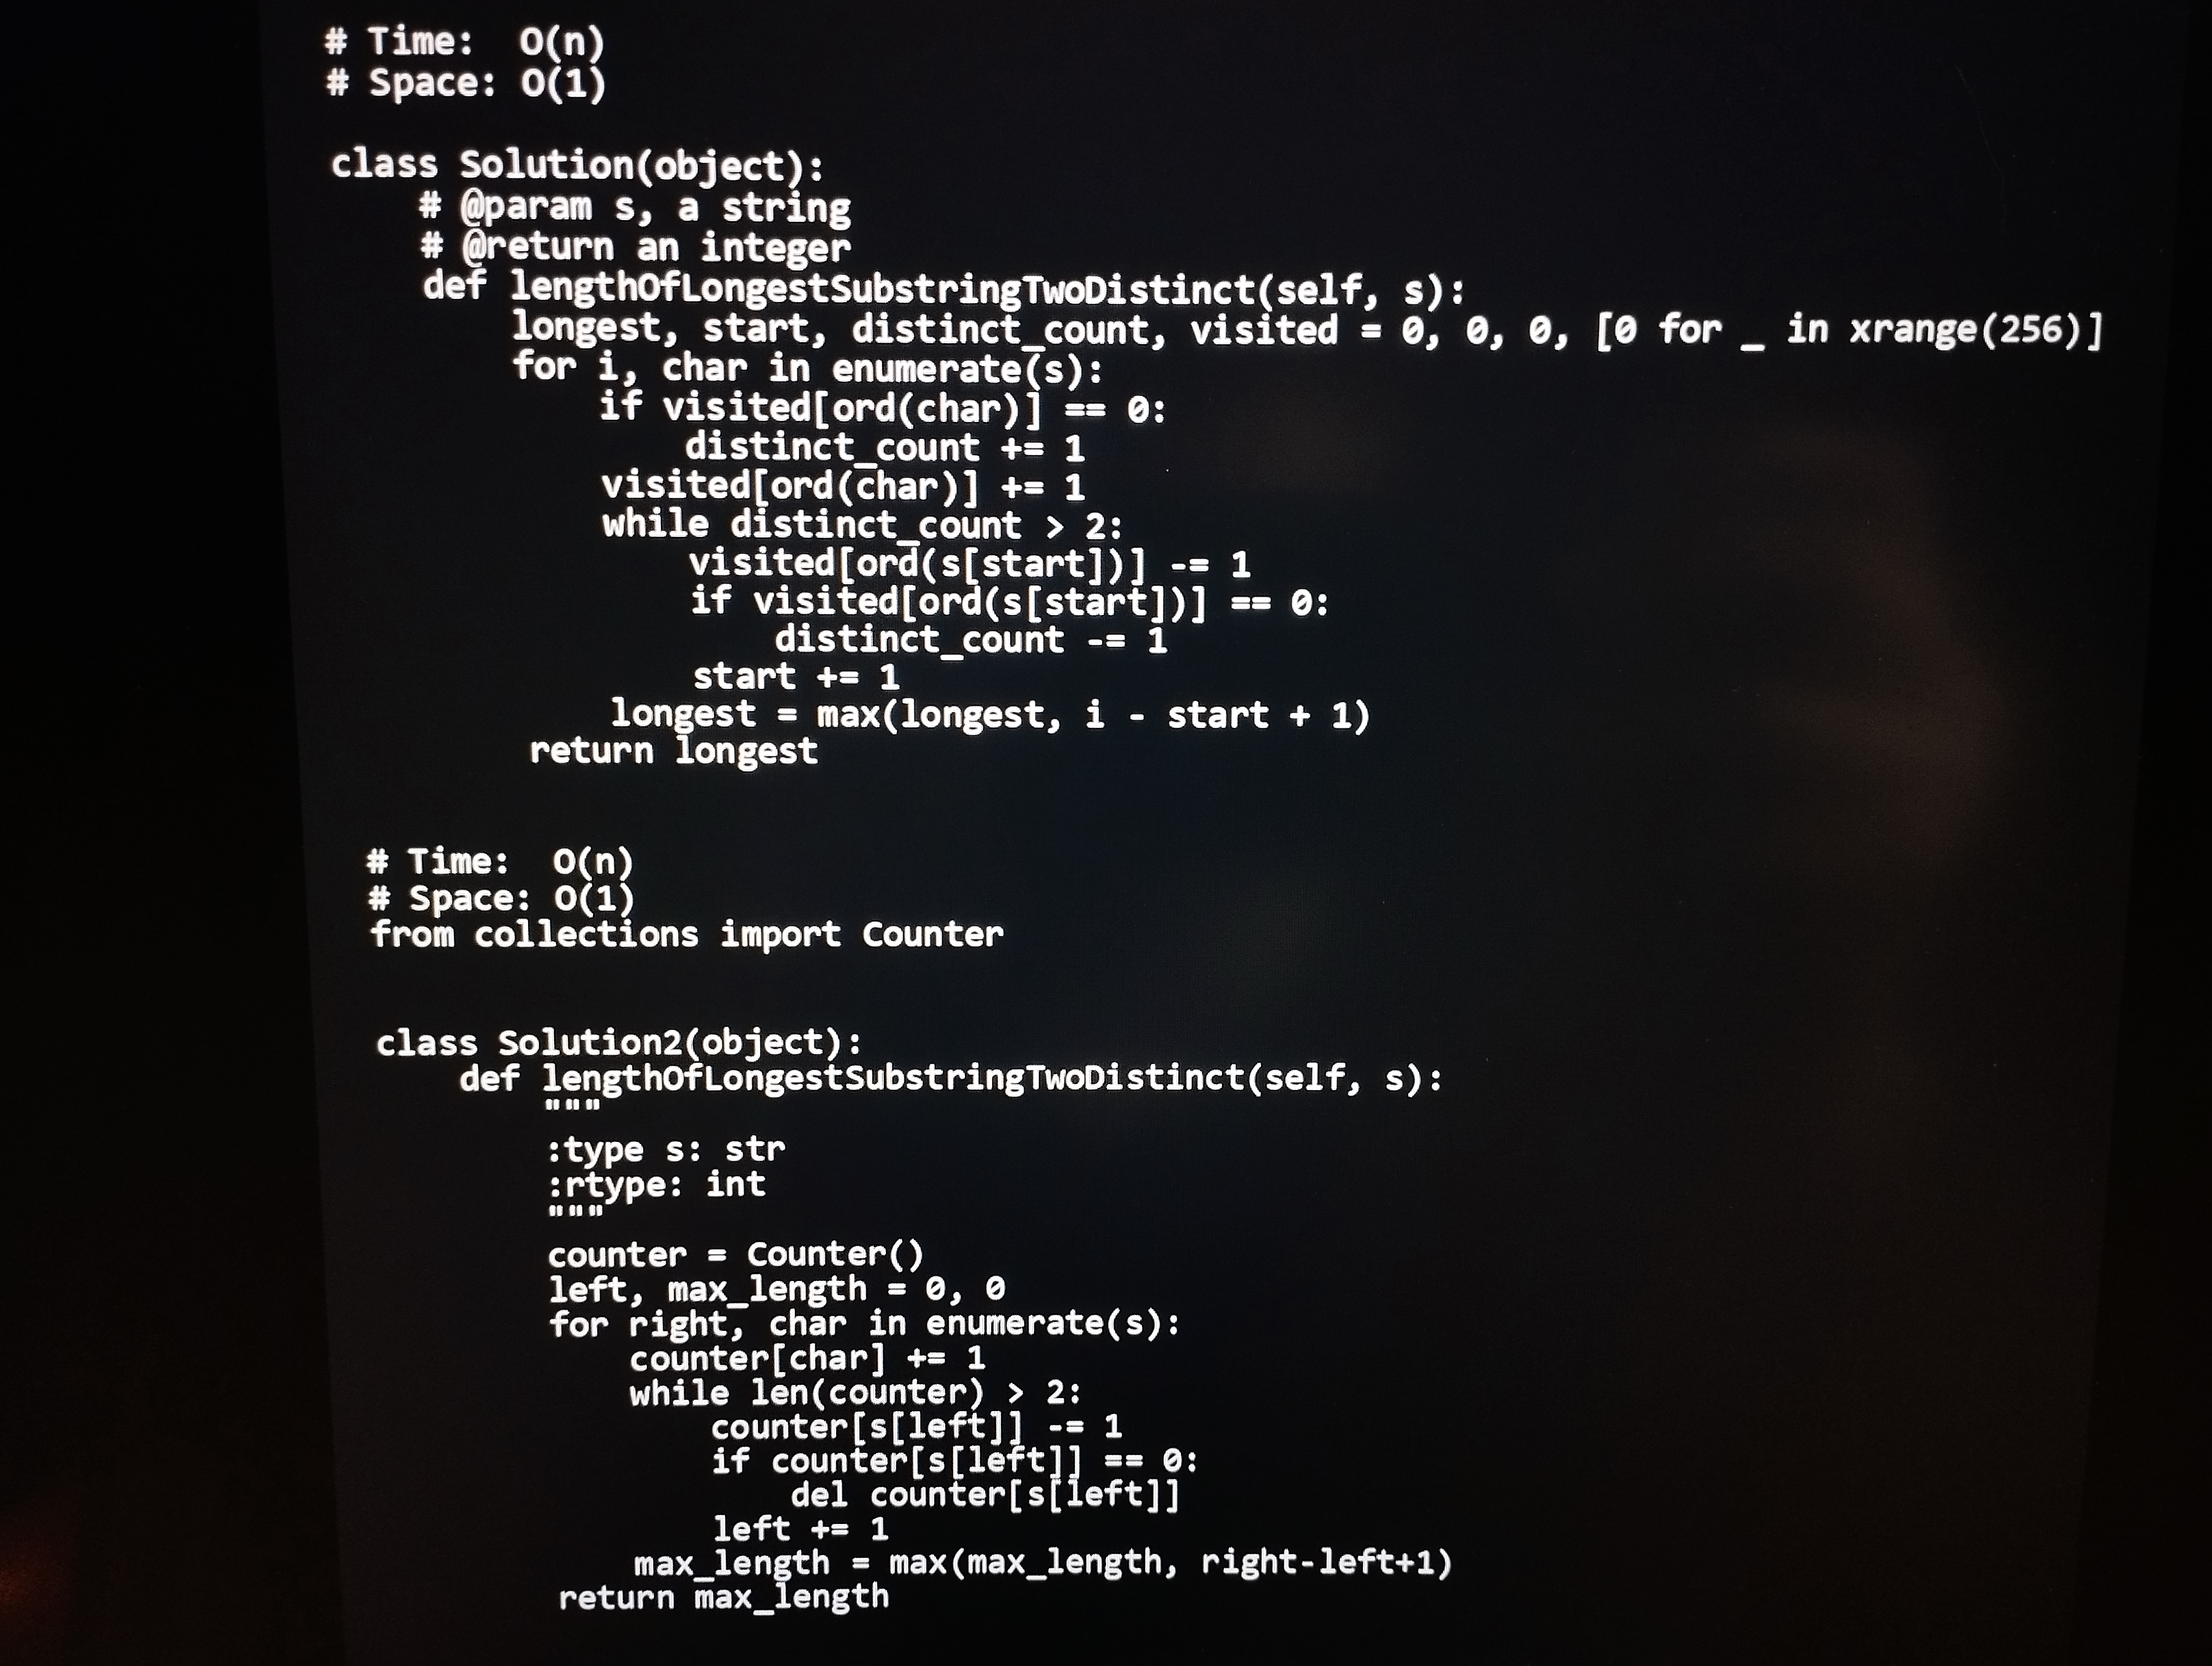
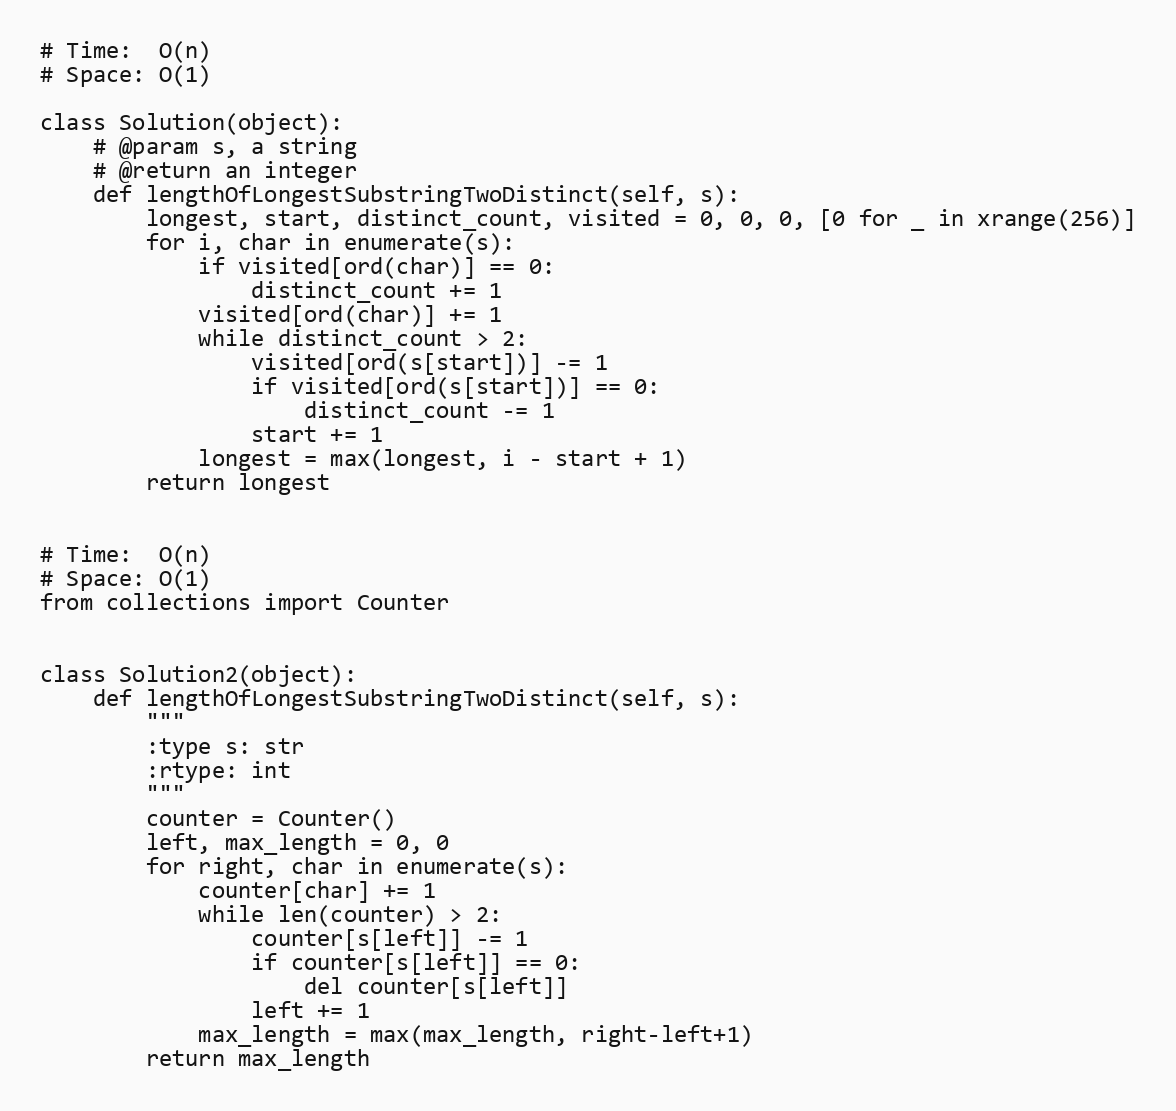
# Time:  O(n)
# Space: O(1)

class Solution(object):
    # @param s, a string
    # @return an integer
    def lengthOfLongestSubstringTwoDistinct(self, s):
        longest, start, distinct_count, visited = 0, 0, 0, [0 for _ in xrange(256)]
        for i, char in enumerate(s):
            if visited[ord(char)] == 0:
                distinct_count += 1
            visited[ord(char)] += 1
            while distinct_count > 2:
                visited[ord(s[start])] -= 1
                if visited[ord(s[start])] == 0:
                    distinct_count -= 1
                start += 1
            longest = max(longest, i - start + 1)
        return longest

# Time:  O(n)
# Space: O(1)
from collections import Counter

class Solution2(object):
    def lengthOfLongestSubstringTwoDistinct(self, s):
        """
        :type s: str
        :rtype: int
        """
        counter = Counter()
        left, max_length = 0, 0
        for right, char in enumerate(s):
            counter[char] += 1
            while len(counter) > 2:
                counter[s[left]] -= 1
                if counter[s[left]] == 0:
                    del counter[s[left]]
                left += 1
            max_length = max(max_length, right-left+1)
        return max_length